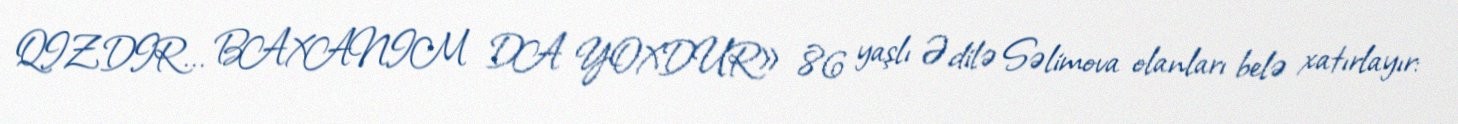
QIZDIR... BAXANIM DA YOXDUR» 86 yaşlı Ədilə Səlimova olanları belə xatırlayır: